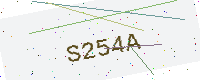
Text: S254A